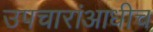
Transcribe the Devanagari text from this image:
उपचारांआधीच